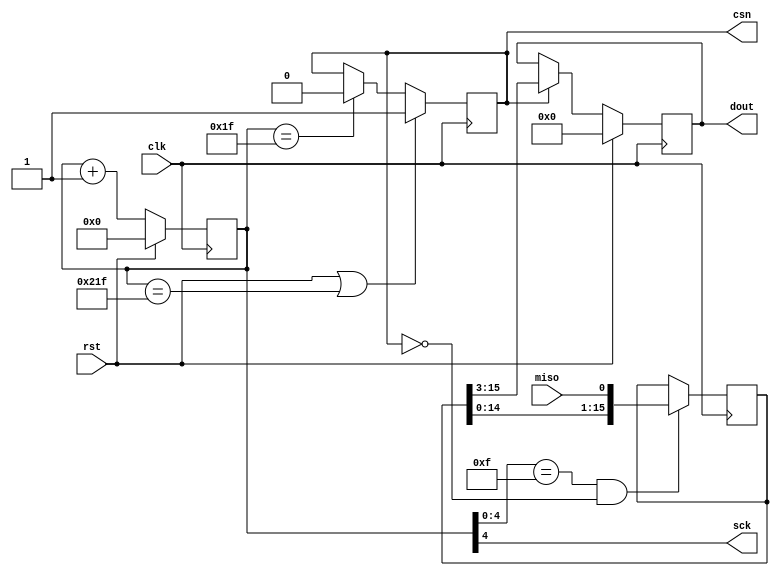
`timescale 1ns / 1ps

module spi(
	input clk,
	input rst,
	output reg csn,
	output sck,
	input miso,
	output reg[12:0] dout
);

//szamlalo az utemezeshez (26 bit --> frissites 671 ms-onkent)
reg[25:0] cntr;
always@(posedge clk)
	cntr<=rst?0:(cntr+1);

//3.125 MHz-es SPI orajel es a felfuto ele
assign sck=cntr[4];
wire sck_rise=(cntr[4:0]==5'b01111);

//alacsony aktiv Chip Select jel
always@(posedge clk)
	if(rst|(cntr==543))
		csn<=1;
	else if(cntr==31)
		csn<=0;

//shift regiszter az adatok vetelere
reg[15:0] shr;
always@(posedge clk)
	if(sck_rise&~csn)
		shr<={shr[14:0],miso};

//az ervenyes adat a shift regiszter felso 13 bitje
always@(posedge clk)
	if(rst)
		dout<=0;
	else if(csn)
		dout<=shr[15:3];

endmodule